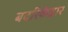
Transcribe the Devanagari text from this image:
बदरिकेद्वार